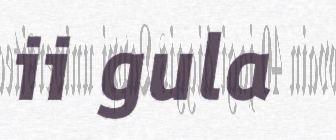
ii gula